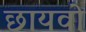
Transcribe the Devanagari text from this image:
छायवो